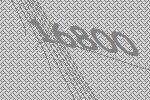
16800